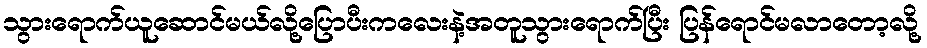
သွားရောက်ယူဆောင်မယ်လို့ပြောပီးကလေးနဲ့အတူသွားရောက်ပြီး ပြန်ရောင်မလာတော့လို့